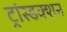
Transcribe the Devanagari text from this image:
ट्रांस्डक्शन